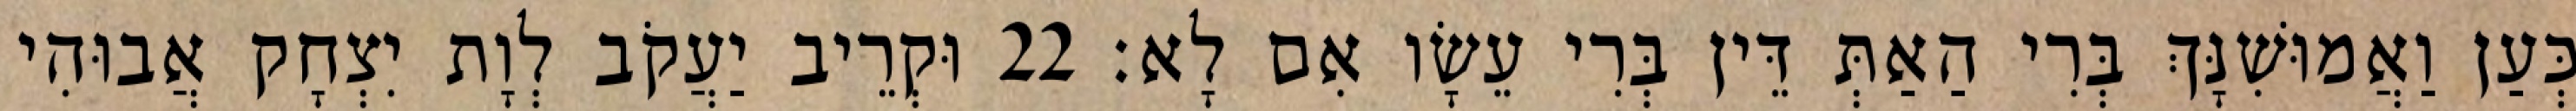
כְּעַן וַאֲמוּשִׁנָּךְ בְּרִי הַאַתְּ דֵּין בְּרִי עֵשָׂו אִם לָא׃ 22 וּקְרֵיב יַעֲקֹב לְוָת יִצְחָק אֲבוּהִי